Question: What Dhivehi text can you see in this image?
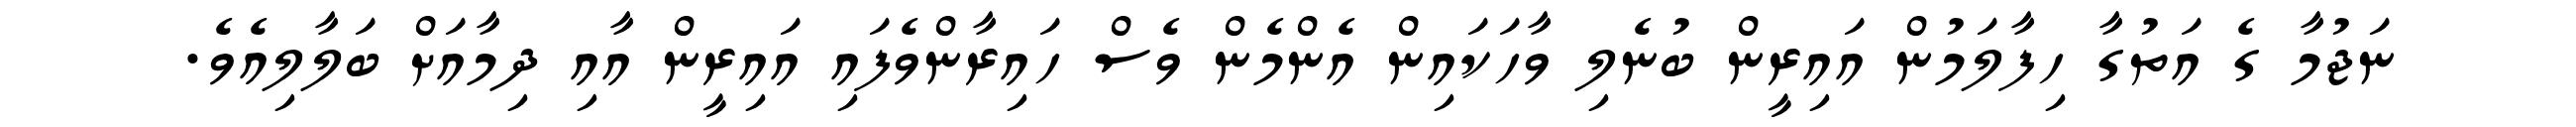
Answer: ނަޖުމާ ގެ އަތުގާ ހިފާލަމުން އައިރީން ބުނެލި ވާހަކައިން އެންމެން ވެސް ހައިރާންވެފައި އައިރީން އާއި ދިމާއަށް ބަލާލިއެވެ.